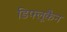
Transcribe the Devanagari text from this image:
डिफ्लूकैन